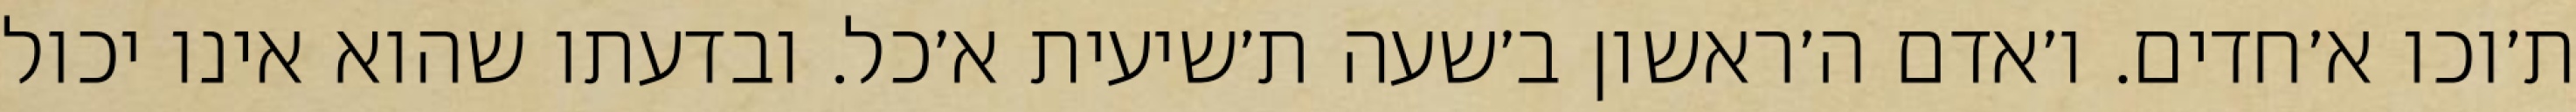
ת׳וכו א׳חדים. ו׳אדם ה׳ראשון ב׳שעה ת׳שיעית א׳כל. ובדעתו שהוא אינו יכול